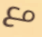
مع